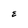
Character: E